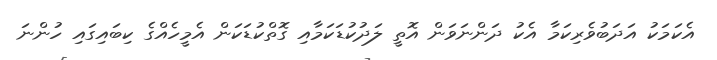
އެކަމަކު އަދަބުވެރިކަމާ އެކު ދަންނަވަން އޮތީ ލަދުކުޑަކަމާއި ގޮތްކުޑަކަން އެމީހެއްގެ ކިބައިގައި ހުންނަ